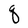
Character: q